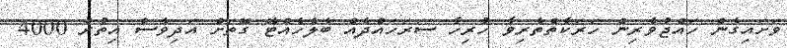
ވަށައިގެން ހައްޖުވެރިން ހަރަކާތްތެރިވާ ހުރިހާ ސަރަހައްދެއް ބެލެހެއްޓޭ ގޮތަށް އަދިވެސް އިތުރު 4000